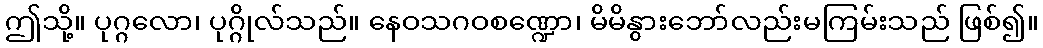
ဤသို့။ ပုဂ္ဂလော၊ ပုဂ္ဂိုလ်သည်။ နေဝသဂဝစဏ္ဍော၊ မိမိနွားဘော်လည်းမကြမ်းသည် ဖြစ်၍။